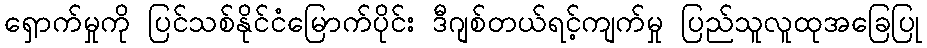
ရှောက်မှုကို ပြင်သစ်နိုင်ငံမြောက်ပိုင်း ဒီဂျစ်တယ်ရင့်ကျက်မှု ပြည်သူလူထုအခြေပြု